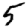
Digit: 5